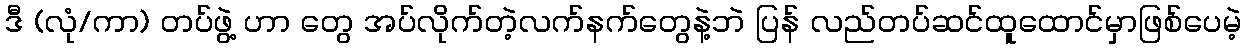
ဒီ (လုံ/ကာ) တပ်ဖွဲ့ ဟာ တွေ အပ်လိုက်တဲ့လက်နက်တွေနဲ့ဘဲ ပြန် လည်တပ်ဆင်ထူထောင်မှာဖြစ်ပေမဲ့